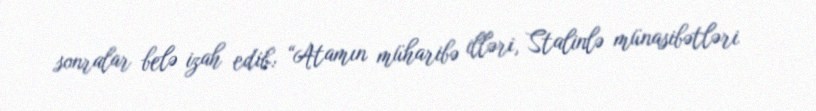
sonralar belə izah edib: “Atamın müharibə illəri, Stalinlə münasibətləri